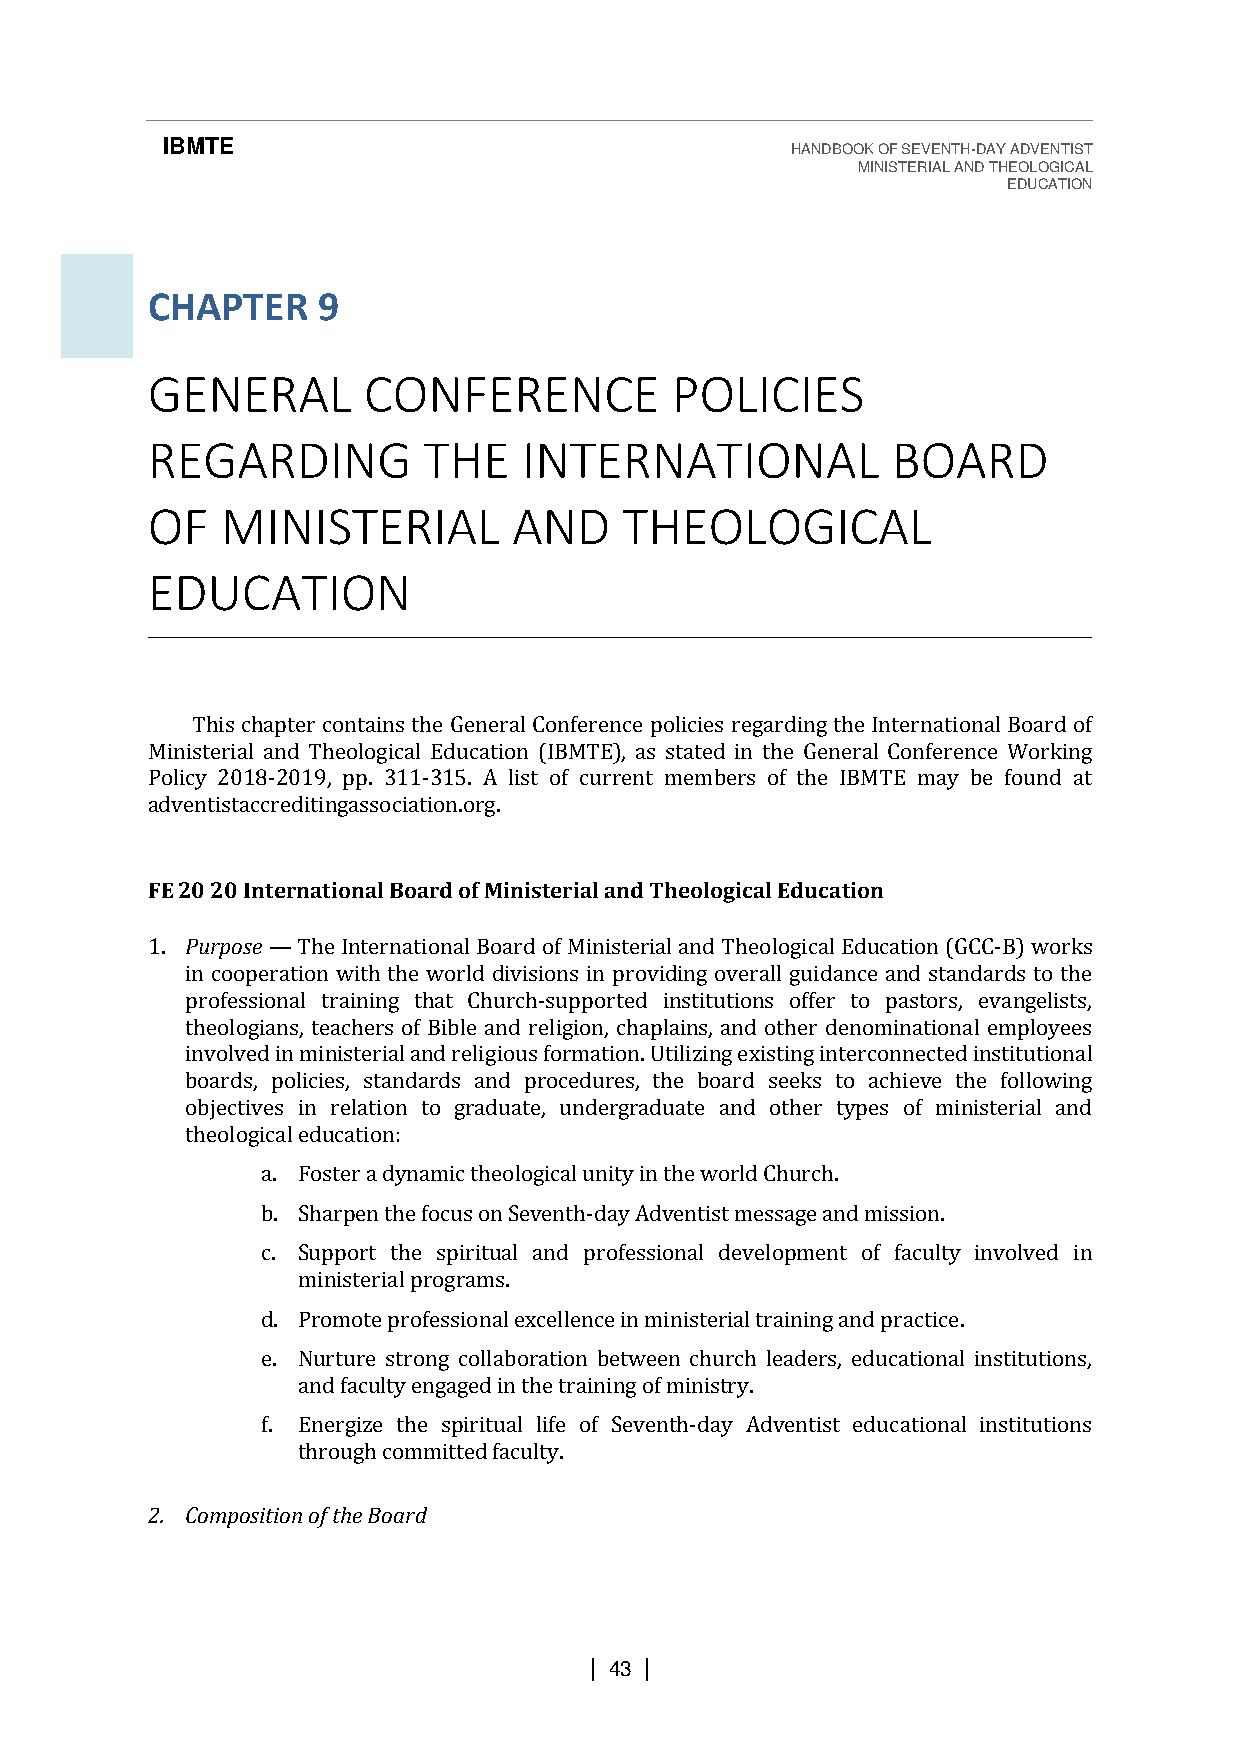
IBMTE                                    HANDBOOK OF SEVENTH-DAY ADVENTIST
 MINISTERIAL AND THEOLOGICAL
 EDUCATION
 CHAPTER    9
 GENERAL       CONFERENCE          POLICIES
 REGARDING         THE    INTERNATIONAL           BOARD
 OF   MINISTERIAL        AND    THEOLOGICAL
 EDUCATION
 This chapter contains the General Conference policies regarding the International Board of
 Ministerial and Theological Education (IBMTE), as stated in the General Conference Working
 Policy 2018-2019, pp. 311-315. A list of current members of the IBMTE may be found at
 adventistaccreditingassociation.org.
 FE 20 20 International Board of Ministerial and Theological Education
 1. Purpose The International Board of Ministerial and Theological Education (GCC-B) works
 in cooperation with the world divisions in providing overall guidance and standards to the
 professio—nal training that Church-supported institutions offer to pastors, evangelists,
 theologians, teachers of Bible and religion, chaplains, and other denominational employees
 involved in ministerial and religious formation. Utilizing existing interconnected institutional
 boards, policies, standards and procedures, the board seeks to achieve the following
 objectives in relation to graduate, undergraduate and other types of ministerial and
 theological education:
 a. Foster a dynamic theological unity in the world Church.
 b. Sharpen the focus on Seventh-day Adventist message and mission.
 c. Support the spiritual and professional development of faculty involved in
 ministerial programs.
 d. Promote professional excellence in ministerial training and practice.
 e. Nurture strong collaboration between church leaders, educational institutions,
 and faculty engaged in the training of ministry.
 f. Energize the spiritual life of Seventh-day Adventist educational institutions
 through committed faculty.
 2. Composition of the Board
 | 43 |